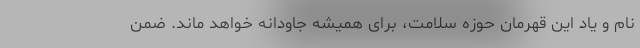
نام و یاد این قهرمان حوزه سلامت، برای همیشه جاودانه خواهد ماند. ضمن